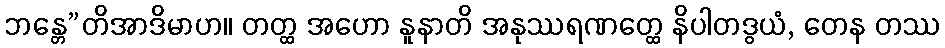
ဘန္တေ”တိအာဒိမာဟ။ တတ္ထ အဟော နူနာတိ အနုဿရဏတ္ထေ နိပါတဒွယံ, တေန တဿ